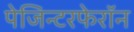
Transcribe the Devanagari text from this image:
पेजिन्टरफेरॉन